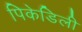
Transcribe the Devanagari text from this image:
पिकेडिली